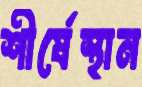
শীর্ষেস্থান